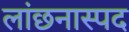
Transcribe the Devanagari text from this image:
लांछनास्‍पद